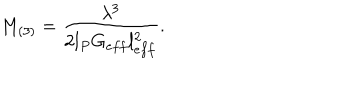
LaTeX: M _ { ( 3 ) } = \frac { \lambda ^ { 3 } } { 2 l _ { P } G _ { e f f } l _ { e f f } ^ { 2 } } .